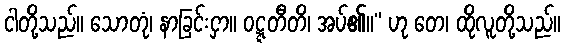
ငါတို့သည်။ သောတုံ၊ နာခြင်းငှာ။ ဝဋ္ဋတီတိ၊ အပ်၏။” ဟု တေ၊ ထိုလူတို့သည်။